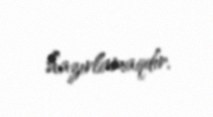
hazırlamaqdır.